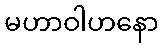
မဟာဝါဟနော